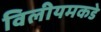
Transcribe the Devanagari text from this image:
विलीयमकडे